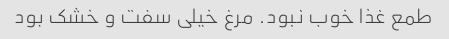
طمع غذا خوب نبود. مرغ خیلی سفت و خشک بود